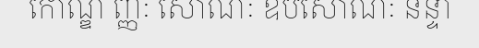
កោណ្ឌ ញ្ញៈ សោណៈ ឧបសោណៈ នន្ទា